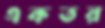
একতর